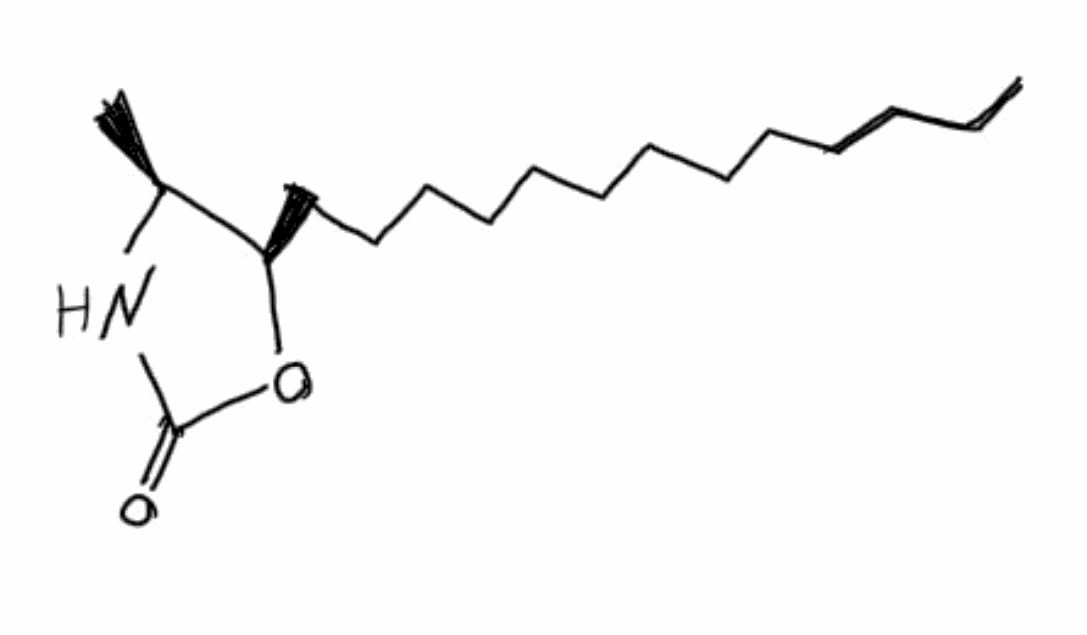
Simplified molecular-input line-entry system (SMILES) notation of the given molecule:
CCCCCCCCCCCCC[C@@H]1[C@@H](NC(=O)O1)C